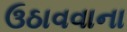
ઉઠાવવાના